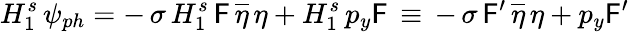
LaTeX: H_{1}^{s}\, \psi_{ph}=-\, \sigma\, H_{1}^{s}\, \mathsf{F}\, \overline{{{{\eta}}}}\, \eta+H_{1}^{s}\, p_{y}\mathsf{F}\, \equiv\, -\, \sigma\, \mathsf{F}^{\prime}\, \overline{{{{\eta}}}}\, \eta+p_{y}\mathsf{F}^{\prime}